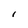
Character: I